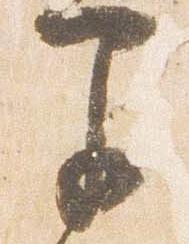
早